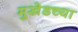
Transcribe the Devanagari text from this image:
मुखेडच्या